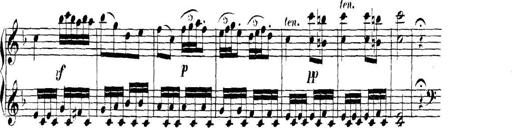
Title: Collected Piano Sonatas
Composer: Muzio Clementi